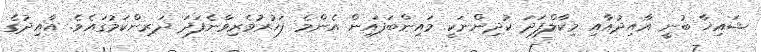
ޝައިޚާ ބުނީ އާއިދުއާއި މިކާލްފަދަ ކުދިންނަކީ މައިންބަފައިން އެންމެ ފަޚުރުވެރިވާނެފަދަ ދަރިންކަމުގައެވެ. އާއިދުގެ